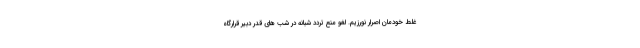
غلط خودمان اصرار نورزیم. لغو منع تردد شبانه در شب های قدر دبیر قرارگاه